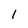
Character: l